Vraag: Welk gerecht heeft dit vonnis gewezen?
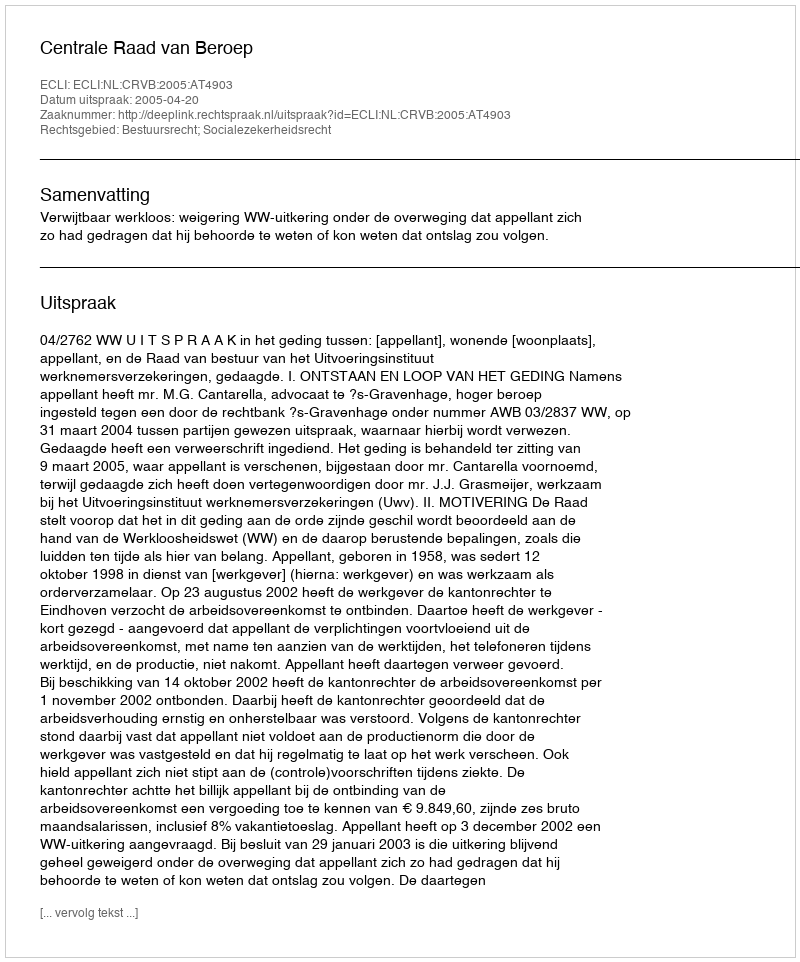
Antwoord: Centrale Raad van Beroep